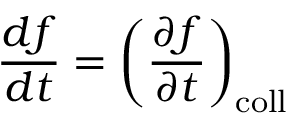
{ \frac { d f } { d t } } = \left( { \frac { \partial f } { \partial t } } \right) _ { \mathrm { c o l l } }